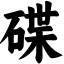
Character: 碟